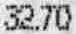
32.70